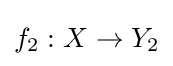
f_{2}:X\to Y_{2}